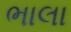
ભાલા